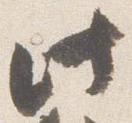
此